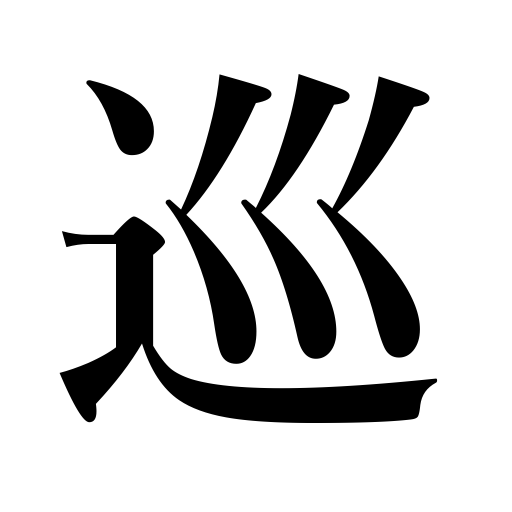
Meanings: concering,in connection with,going around,circumference,go around